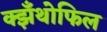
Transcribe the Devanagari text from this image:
क्झँथोफिल